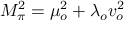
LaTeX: M _ { \pi } ^ { 2 } = \mu _ { o } ^ { 2 } + \lambda _ { o } v _ { o } ^ { 2 }